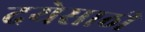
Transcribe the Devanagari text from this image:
दयेसाठी